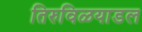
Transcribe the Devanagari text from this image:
तिरुविळयाडल